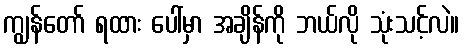
ကျွန်တော် ရထား ပေါ်မှာ အချိန်ကို ဘယ်လို သုံးသင့်လဲ။